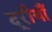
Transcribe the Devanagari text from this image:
दूरीयाँ